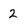
Character: 2